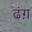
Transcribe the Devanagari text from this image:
ढंग़